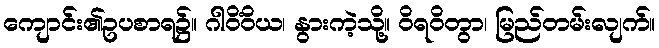
ကျောင်း၏ဥပစာရ၌။ ဂါဝိံဝိယ၊ နွားကဲ့သို့။ ဝိရဝိတွာ၊ မြည်တမ်းလျက်။